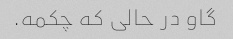
گاو در حالی که چکمه.